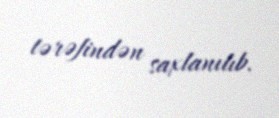
tərəfindən saxlanılıb.